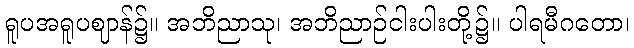
ရူပအရူပဈာန်၌။ အဘိညာသု၊ အဘိညာဉ်ငါးပါးတို့၌။ ပါရမီဂတော၊